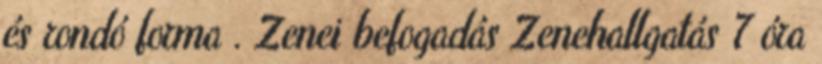
és rondó forma . Zenei befogadás Zenehallgatás 7 óra